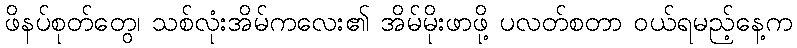
ဖိနပ်စုတ်တွေ၊ သစ်လုံးအိမ်ကလေး၏ အိမ်မိုးဖာဖို့ ပလတ်စတာ ဝယ်ရမည့်နေ့က